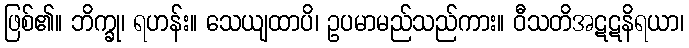
ဖြစ်၏။ ဘိက္ခု၊ ရဟန်း။ သေယျထာပိ၊ ဥပမာမည်သည်ကား။ ဝီသတိအဋဋနိရယာ၊